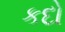
કદો